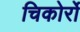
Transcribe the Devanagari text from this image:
चिकोर्रो